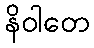
နိဝါတေ